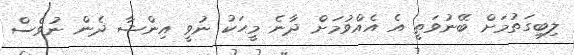
ލިބިގަތުމަށް ބޭނުވަތީ އެ އެއްވުމަށް ދާނެ މީހަކު ނުވީ އިންޝާ ދެން ނުވެސް